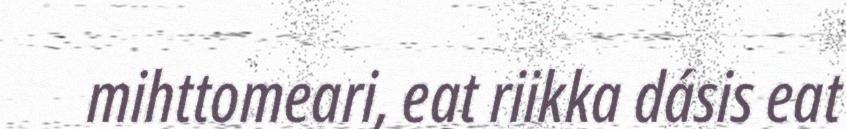
mihttomeari, eat riikka dásis eat